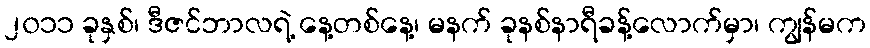
၂၀၁၁ ခုနှစ်၊ ဒီဇင်ဘာလရဲ့ နေ့တစ်နေ့၊ မနက် ခုနစ်နာရီခန့်လောက်မှာ၊ ကျွန်မက